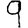
Digit: 9